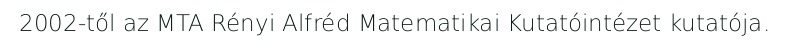
2002-től az MTA Rényi Alfréd Matematikai Kutatóintézet kutatója.